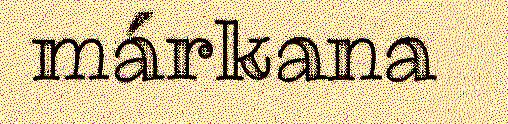
márkana